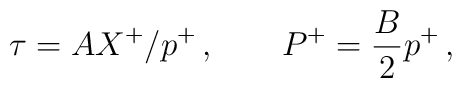
\tau = A X^+/ p^+ \, , \quad \quad P^+ = \frac{B}{2} p^+ \, ,